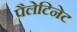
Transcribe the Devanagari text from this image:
पैलेटिनेट